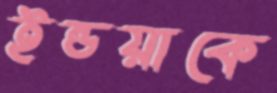
ইন্ডয়াকে